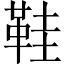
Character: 鞋